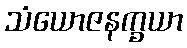
သံယောဇနက္ခယာ